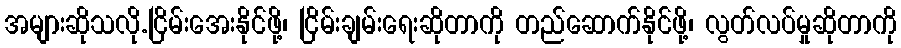
အများဆိုသလို.ငြိမ်းအေးနိုင်ဖို့၊ ငြိမ်းချမ်းရေးဆိုတာကို တည်ဆောက်နိုင်ဖို့၊ လွတ်လပ်မှုဆိုတာကို